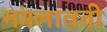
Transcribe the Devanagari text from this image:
मंगलावती